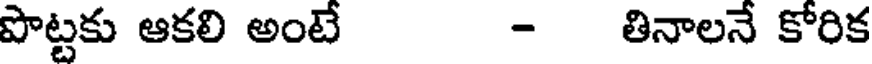
పొట్టకు ఆకలి అంటే - తినాలనే కోరిక